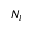
N _ { l }